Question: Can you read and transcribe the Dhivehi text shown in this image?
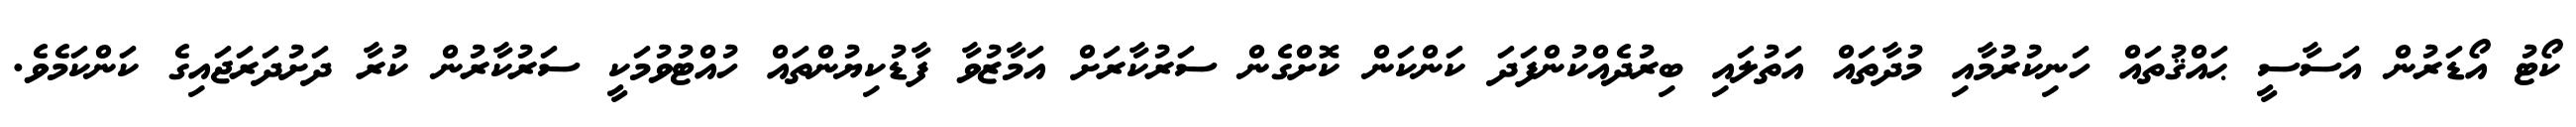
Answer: ކޯޓު އޯޑަރުން އަސާސީ ޙައްޤުތައް ހަނިކުރުމާއި މުދާތައް އަތުލައި ބިރުދެއްކުންފަދަ ކަންކަން ކޮށްގެން ސަރުކާރަށް އަމާޒުވާ ފާޑުކިޔުންތައް ހުއްޓުވުމަކީ ސަރުކާރުން ކުރާ ދަށުދަރަޖައިގެ ކަންކަމެވެ.